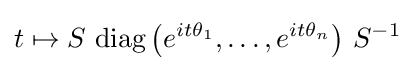
t\mapsto S\,\operatorname {diag} \left(e^{it\theta _{1}},\dots ,e^{it\theta _{n}}\right)\,S^{-1}